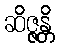
ဆိဇ္ဇန္တိ